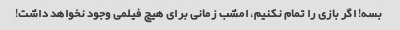
بسه! اگر بازی را تمام نکنیم، امشب زمانی برای هیچ فیلمی وجود نخواهد داشت!